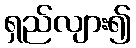
ရှည်လျား၍